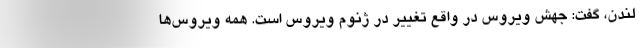
لندن، گفت: جهش ویروس در واقع تغییر در ژنوم ویروس است. همه ویروس‌ها